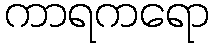
ကာရကရော